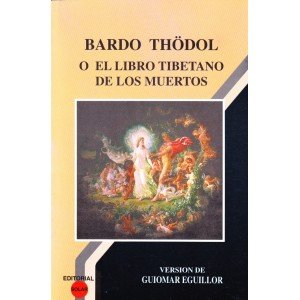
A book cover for El libro tibetano de los muertos / The Tibetan Book of the Dead (Spanish Edition); Thodol Bardo; Religion & Spirituality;